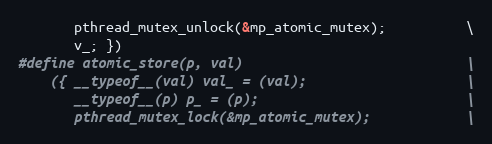
Language: C
       pthread_mutex_unlock(&mp_atomic_mutex);          \
       v_; })
#define atomic_store(p, val)                            \
    ({ __typeof__(val) val_ = (val);                    \
       __typeof__(p) p_ = (p);                          \
       pthread_mutex_lock(&mp_atomic_mutex);            \